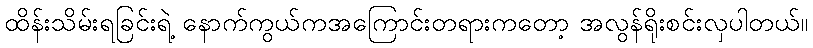
ထိန်းသိမ်းရခြင်းရဲ့ နောက်ကွယ်ကအကြောင်းတရားကတော့ အလွန်ရိုးစင်းလှပါတယ်။